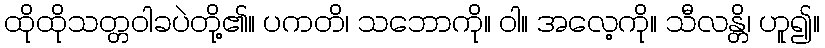
ထိုထိုသတ္တဝါခပဲတို့၏။ ပကတိ၊ သဘောကို။ ဝါ။ အလေ့ကို။ သီလန္တိ၊ ဟူ၍။